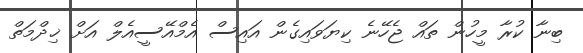
ބިނާ ކުރާ މީހުން ތައް ޖެހޭނެ ކިޔަވައިގެން އައިސް އެމްއޭސީއެލް އަށް ޚިދްމަތް